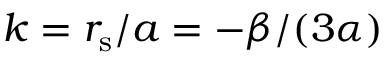
k = r _ { \mathrm { s } } / a = - \beta / ( 3 \alpha )